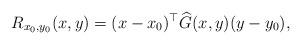
LaTeX: \begin{align*}R_{x_0,y_0}(x,y) = (x - x_0) ^\top \widehat G(x,y) (y-y_0), \end{align*}